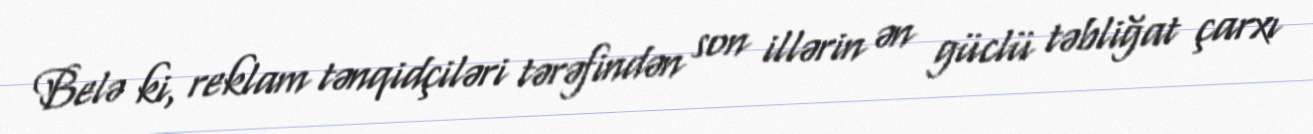
Belə ki, reklam tənqidçiləri tərəfindən son illərin ən güclü təbliğat çarxı